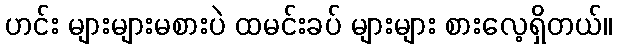
ဟင်း များများမစားပဲ ထမင်းခပ် များများ စားလေ့ရှိတယ်။